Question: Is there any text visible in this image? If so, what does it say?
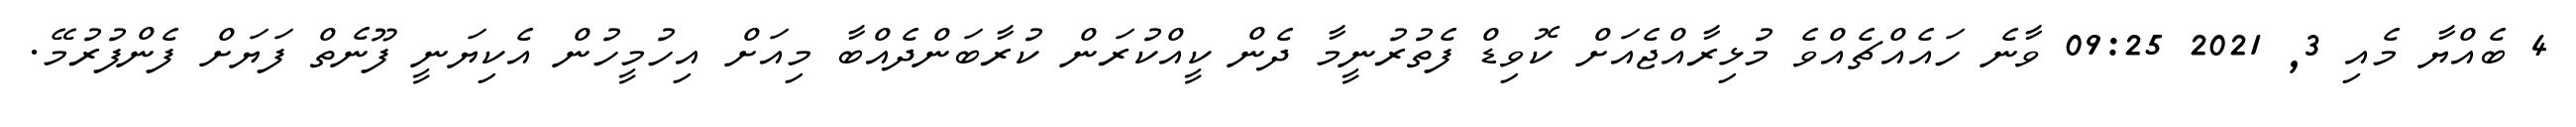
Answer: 4 ބެއްޔާ މެއި 3, 2021 09:25 ވާނެ ހައެއްޗެއްވެ މުޅިރާއްޖެއަށް ކޮވިޑް ފެތުރުނީމާ ދެން ކީއްކުރަން ކުރާބަންދެއްބާ މިއަށް އިހުމީހުން އެކިޔަނީ ފޫނެތް ފަޔަށް ފެންފުރުމޭ.